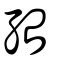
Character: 孡